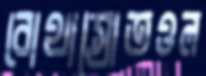
বোথাস্রোতওল